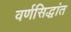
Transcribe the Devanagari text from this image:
वर्णसिद्धांत